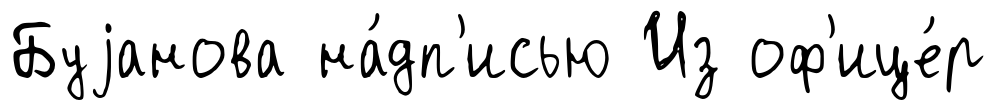
Буjанова на́дп'исью Из оф'ице́р